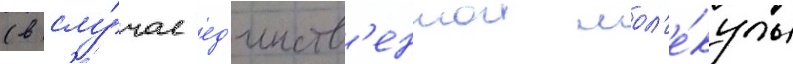
(в слу́чае ед'инств'еннои мол'е́кулы